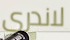
لاندري